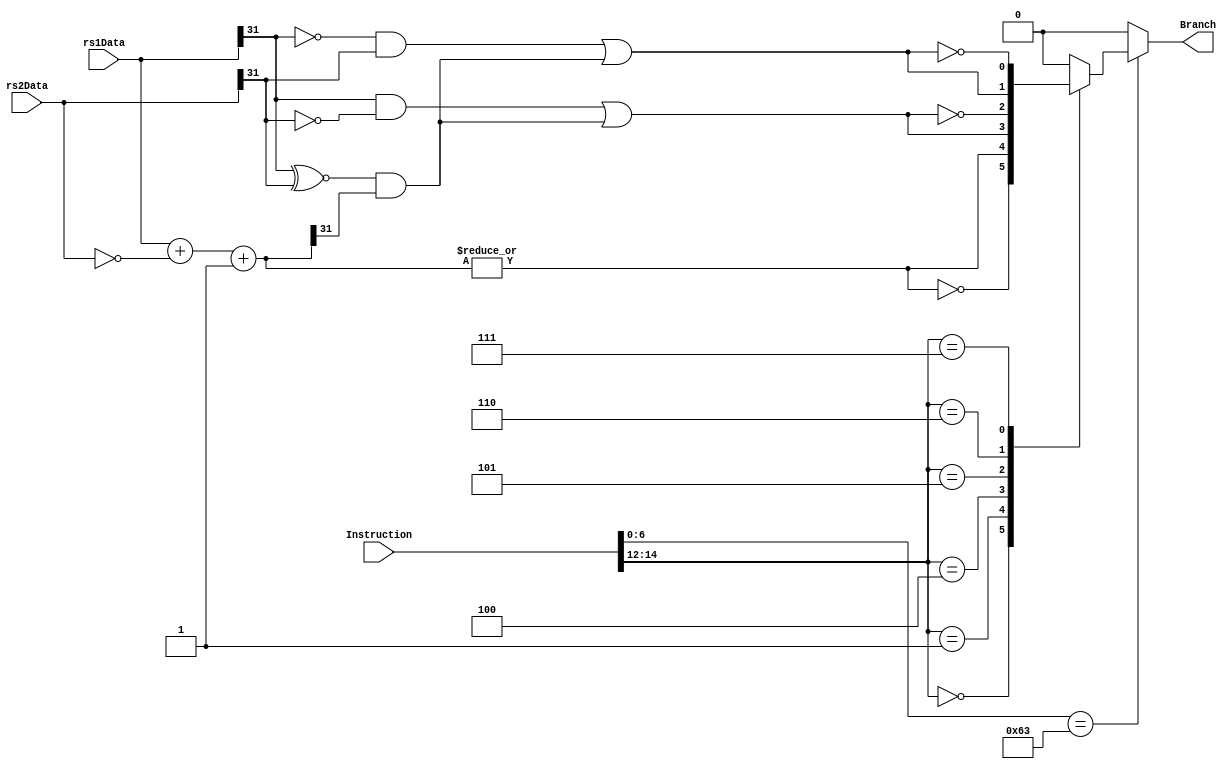
module BranchTest (
    input [31:0] rs1Data, rs2Data,
    input [31:0] Instruction,
    output reg Branch
);
wire [31:0] sum= rs1Data+(~rs2Data)+1;
wire isLT= rs1Data[31] && (~rs2Data[31]) ||(rs1Data[31]~^rs2Data[31]) && sum[31];
wire isLTU= (~rs1Data[31]) && rs2Data[31] ||(rs1Data[31]~^rs2Data[31]) && sum[31];
wire [2:0] func3= Instruction[14:12];
wire SB_type= (Instruction[6:0]==7'b1100011);
parameter beq_func3= 3'o0;    parameter bne_func3= 3'o1;    
parameter blt_func3= 3'o4;    parameter bge_func3= 3'o5;
parameter bltu_func3= 3'o6;   parameter bgeu_func3= 3'o7;
always @(*) begin
    if(SB_type) begin
        case(func3)
            beq_func3: Branch= ~(|sum[31:0]);
            bne_func3: Branch= |sum[31:0];
            blt_func3: Branch= isLT;
            bge_func3: Branch= ~isLT;
            bltu_func3: Branch= isLTU;
            bgeu_func3: Branch= ~isLTU;
            default: Branch= 0;
        endcase
    end
    else 
        Branch= 1'b0;
end
endmodule